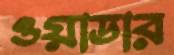
ওয়াডার